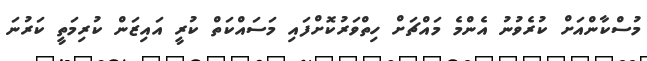
މުސްކާންއަށް ކުރެވުނު އެންމެ މައްޗަށް ހިތްވަރުކޮށްފައި މަސައްކަތް ކުރީ އައިޒަން ކުރިމަތީ ކަރުނަ